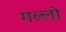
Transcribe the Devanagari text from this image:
गल्लो